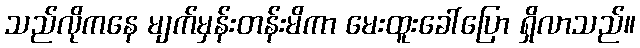
သည်လိုကနေ မျက်မှန်းတန်းမိကာ မေးထူးခေါ်ပြော ရှိလာသည်။